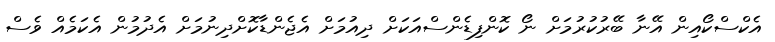
އެކްސްކޯއިން އޭނާ ބޭރުކުރުމަށް ނޯ ކޮންފިޑެންސްއަކަށް ދިއުމަށް އެޖެންޑާކޮށްދިނުމަށް އެދުމުން އެކަމެއް ވެސް